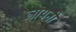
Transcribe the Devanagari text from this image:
लायनी